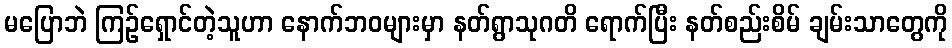
မပြောဘဲ ကြဉ်ရှောင်တဲ့သူဟာ နောက်ဘဝများမှာ နတ်ရွာသုဂတိ ရောက်ပြီး နတ်စည်းစိမ် ချမ်းသာတွေကို